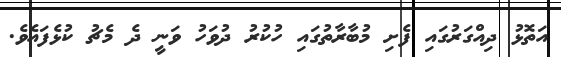
އަތޮޅު ދިއްގަރުގައި ފެށި މުބާރާތުގައި ހުކުރު ދުވަހު ވަނީ ދެ މެޗު ކުޅެފައެވެ.